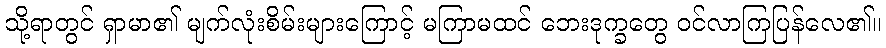
သို့ရာတွင် ရှာမာ၏ မျက်လုံးစိမ်းများကြောင့် မကြာမထင် ဘေးဒုက္ခတွေ ဝင်လာကြပြန်လေ၏။